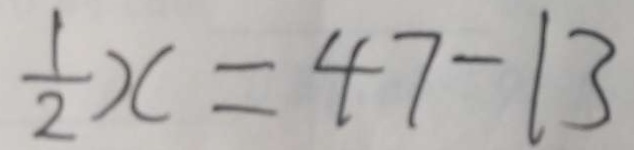
\frac { 1 } { 2 } x = 4 7 - 1 3